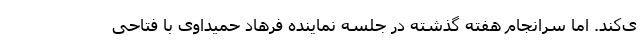
ی‌کند. اما سرانجام هفته گذشته در جلسه نماینده فرهاد حمیداوی با فتاحی